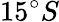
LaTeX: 15^{\circ}S